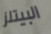
البيتلز